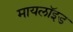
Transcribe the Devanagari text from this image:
मायलॉइड